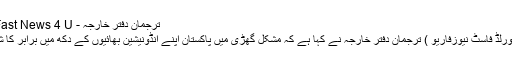
ترجمان دفتر خارجہ - World Fast News 4 U
اسلام آباد( ورلڈ فاسٹ نیوزفاریو ) ترجمان دفتر خارجہ نے کہا ہے کہ مشکل گھڑی میں پاکستان اپنے انڈونیشین بھائیوں کے دکھ میں برابر کا شریک ہے۔